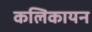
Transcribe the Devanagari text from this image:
कलिकायन